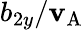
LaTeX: b_{2y}/\mathbf{v}_{\mathrm{{A}}}